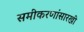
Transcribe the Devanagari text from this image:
समीकरणांसारखी